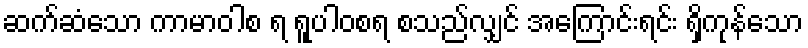
ဆက်ဆံသော ကာမာဝါစ ရ ရူပါဝစရ စသည်လျှင် အကြောင်းရင်း ရှိကုန်သော